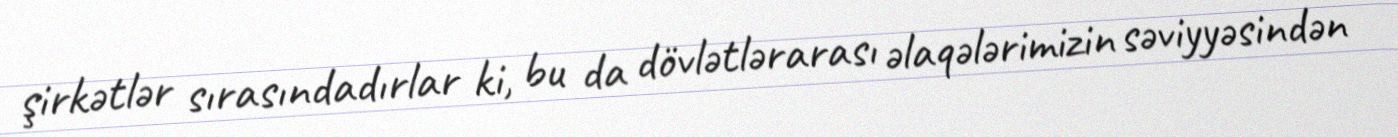
şirkətlər sırasındadırlar ki, bu da dövlətlərarası əlaqələrimizin səviyyəsindən